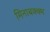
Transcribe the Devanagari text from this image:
मिनाबक्क्म